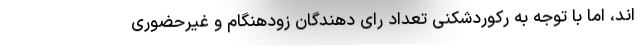
اند، اما با توجه به رکوردشکنی تعداد رای دهندگان زودهنگام و غیرحضوری